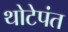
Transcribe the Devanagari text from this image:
थोटेपंत